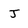
Character: J